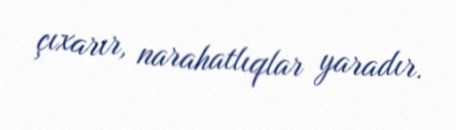
çıxarır, narahatlıqlar yaradır.